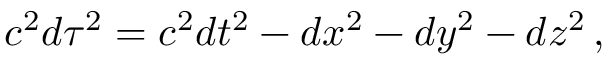
c ^ { 2 } d \tau ^ { 2 } = c ^ { 2 } d t ^ { 2 } - d x ^ { 2 } - d y ^ { 2 } - d z ^ { 2 } \, ,